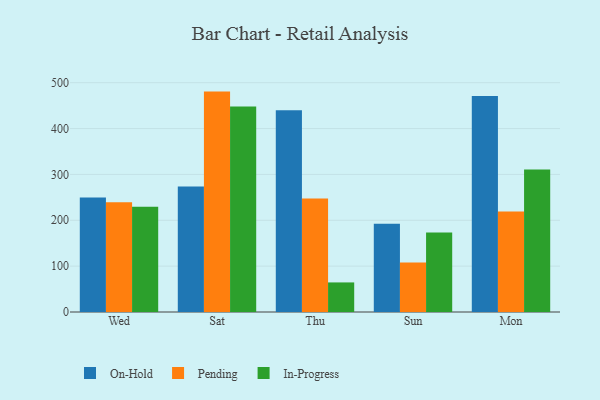
{"axis": {"x": "Day", "y": "Population (Million)"}, "legend": ["In-Progress", "On-Hold", "Pending"], "data": [{"x": "Wed", "y": 249.8, "type": "On-Hold"}, {"x": "Wed", "y": 239.2, "type": "Pending"}, {"x": "Wed", "y": 229.3, "type": "In-Progress"}, {"x": "Sat", "y": 273.5, "type": "On-Hold"}, {"x": "Sat", "y": 480.6, "type": "Pending"}, {"x": "Sat", "y": 448.2, "type": "In-Progress"}, {"x": "Thu", "y": 440.2, "type": "On-Hold"}, {"x": "Thu", "y": 247.3, "type": "Pending"}, {"x": "Thu", "y": 64.5, "type": "In-Progress"}, {"x": "Sun", "y": 192.6, "type": "On-Hold"}, {"x": "Sun", "y": 107.8, "type": "Pending"}, {"x": "Sun", "y": 173.3, "type": "In-Progress"}, {"x": "Mon", "y": 471.0, "type": "On-Hold"}, {"x": "Mon", "y": 219.1, "type": "Pending"}, {"x": "Mon", "y": 310.5, "type": "In-Progress"}]}